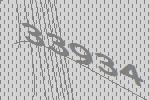
33934